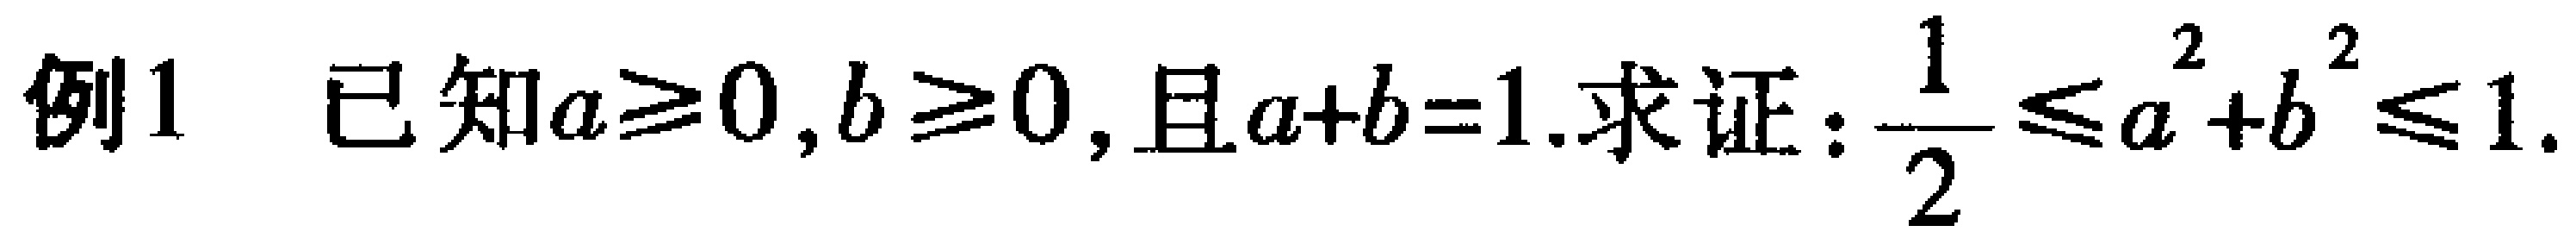
例1 已知\(a\geq0,b\geq0\),且\(a + b = 1\).求证：\(\frac{1}{2}\leq a^{2}+b^{2}\leq1\).